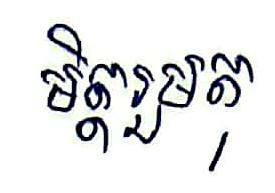
មិត្តរួមតុ